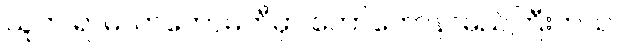
သူက ရာမလာကော်မတီမှာ တော်တော်နာမည်ကြီးတယ်